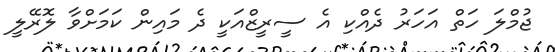
ޖުމްލަ ހަތް އަހަރު ދެއްކި އެ ސީރީޒްއަކީ ދެ މައިން ކަމަށްވާ ލޮރޭލީ